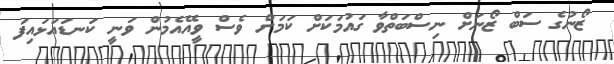
ޒޯނުގެ ސަބް ޒޯނަށް ނިސްބަތްވާ ގައުމަކަށް ކަމަށް ވެސް ވީއޭއެމުން ވަނީ ކަނޑައަޅައިފަ